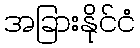
အခြားနိုင်ငံ